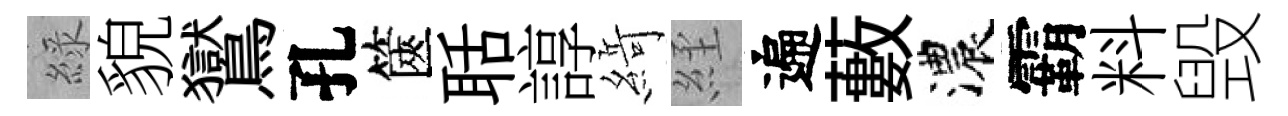
綠貌鸑孔篋聒諄𦂶𦀇遍藪濃霸料毁